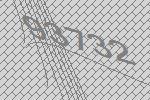
93732